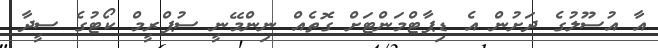
އާ އުސޫލުގެ ދަށުން އެ ޑިޕާޓްމަންޓަށް ގޮތެއް ނިންމޭނީ ސުޕްރީމް ކޯޓުގެ ސީދާ